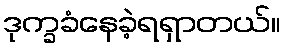
ဒုက္ခခံနေခဲ့ရရှာတယ်။